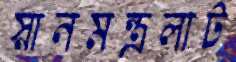
স্নানমন্ত্রলাট